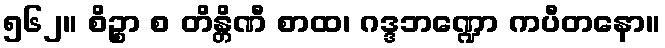
၅၆၂။ စိဉ္စာ စ တိန္တိဏီ စာထ၊ ဂဒ္ဒဘဏ္ဍော ကပီတနော။